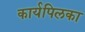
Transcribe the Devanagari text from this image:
कार्यपिलका